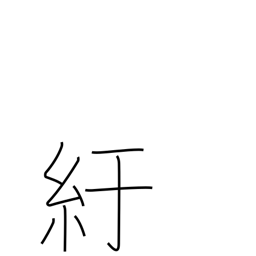
Meaning: crouch